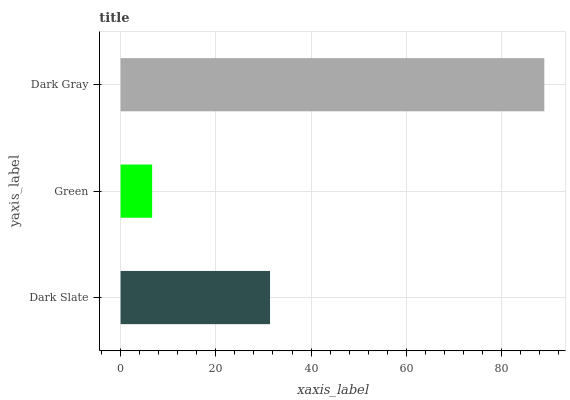
| yaxis_label | bars |
 | --- | --- |
 | Dark Slate | 31.4 |
 | Green | 6.63 |
 | Dark Gray | 89 |